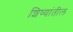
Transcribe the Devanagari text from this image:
शिष्यांतील